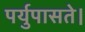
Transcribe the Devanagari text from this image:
पर्युपासते।